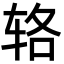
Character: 辂